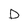
Character: D